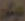
ديكور